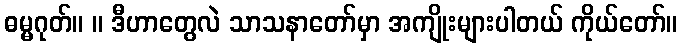
ဓမ္မဂုတ်။ ။ ဒီဟာတွေလဲ သာသနာတော်မှာ အကျိုးများပါတယ် ကိုယ်တော်။